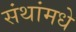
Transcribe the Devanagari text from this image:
संथांमधे